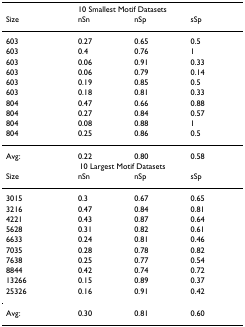
<table><thead><tr><td colspan="4"><b>10 Smallest Motif Datasets</b></td></tr><tr><td><b>Size</b></td><td><b>nSn</b></td><td><b>nSp</b></td><td><b>sSp</b></td></tr></thead><tbody><tr><td>603</td><td>0.27</td><td>0.65</td><td>0.5</td></tr><tr><td>603</td><td>0.4</td><td>0.76</td><td>1</td></tr><tr><td>603</td><td>0.06</td><td>0.91</td><td>0.33</td></tr><tr><td>603</td><td>0.06</td><td>0.79</td><td>0.14</td></tr><tr><td>603</td><td>0.19</td><td>0.85</td><td>0.5</td></tr><tr><td>603</td><td>0.18</td><td>0.81</td><td>0.33</td></tr><tr><td>804</td><td>0.47</td><td>0.66</td><td>0.88</td></tr><tr><td>804</td><td>0.27</td><td>0.84</td><td>0.57</td></tr><tr><td>804</td><td>0.08</td><td>0.88</td><td>1</td></tr><tr><td>804</td><td>0.25</td><td>0.86</td><td>0.5</td></tr><tr><td>Avg:</td><td>0.22</td><td>0.80</td><td>0.58</td></tr><tr><td colspan="4">10 Largest Motif Datasets</td></tr><tr><td>Size</td><td>nSn</td><td>nSp</td><td>sSp</td></tr><tr><td>3015</td><td>0.3</td><td>0.67</td><td>0.65</td></tr><tr><td>3216</td><td>0.47</td><td>0.84</td><td>0.81</td></tr><tr><td>4221</td><td>0.43</td><td>0.87</td><td>0.64</td></tr><tr><td>5628</td><td>0.31</td><td>0.82</td><td>0.61</td></tr><tr><td>6633</td><td>0.24</td><td>0.81</td><td>0.46</td></tr><tr><td>7035</td><td>0.28</td><td>0.78</td><td>0.82</td></tr><tr><td>7638</td><td>0.25</td><td>0.77</td><td>0.54</td></tr><tr><td>8844</td><td>0.42</td><td>0.74</td><td>0.72</td></tr><tr><td>13266</td><td>0.15</td><td>0.89</td><td>0.37</td></tr><tr><td>25326</td><td>0.16</td><td>0.91</td><td>0.42</td></tr><tr><td>Avg:</td><td>0.30</td><td>0.81</td><td>0.60</td></tr></tbody></table>